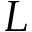
L